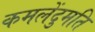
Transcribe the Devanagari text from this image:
कमलेंदुमति